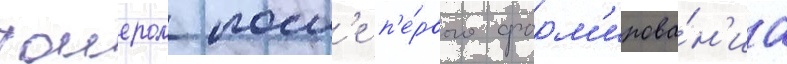
таиером посл'е п'е́рвого форм'ирова́н'иа